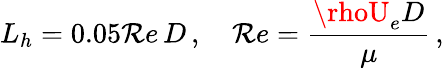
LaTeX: L_{h}=0.05\mathcal{R}e\, D\, ,\quad\mathcal{R}e=\frac{{\rhoU_{e}D}}{{\mu}}\, ,